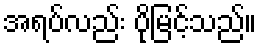
အရပ်လည်း ပိုမြင့်သည်။